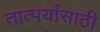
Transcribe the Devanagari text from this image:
तात्पर्यांसाठी